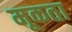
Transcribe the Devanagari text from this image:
मूकता